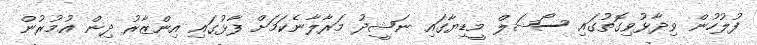
ފުލުހުން ވިދާޅުވިގޮތުގައި ސޯޝަލް މީޑިޔާގައި ނަޝީދު މަރާލާނެކަމަށް ފާޅުގައި އިންޒާރު ދިން އުމުރުން